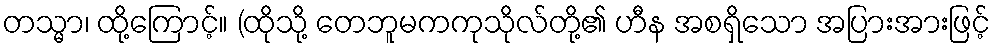
တသ္မာ၊ ထို့ကြောင့်။ (ထိုသို့ တေဘူမကကုသိုလ်တို့၏ ဟီန အစရှိသော အပြားအားဖြင့်